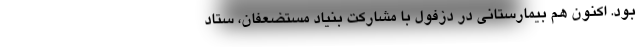
بود. اکنون هم بیمارستانی در دزفول با مشارکت بنیاد مستضعفان، ستاد